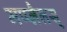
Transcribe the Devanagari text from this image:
मप्प्लैलस्